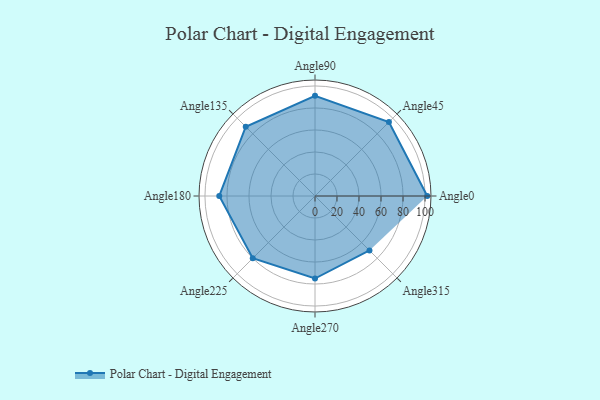
{"axis": {"x": "Angle", "y": "Radius"}, "legend": [""], "data": [{"x": "Angle0", "y": 102.0, "type": ""}, {"x": "Angle45", "y": 95.0, "type": ""}, {"x": "Angle90", "y": 91.0, "type": ""}, {"x": "Angle135", "y": 89.0, "type": ""}, {"x": "Angle180", "y": 87.0, "type": ""}, {"x": "Angle225", "y": 80.0, "type": ""}, {"x": "Angle270", "y": 75.0, "type": ""}, {"x": "Angle315", "y": 70.0, "type": ""}]}